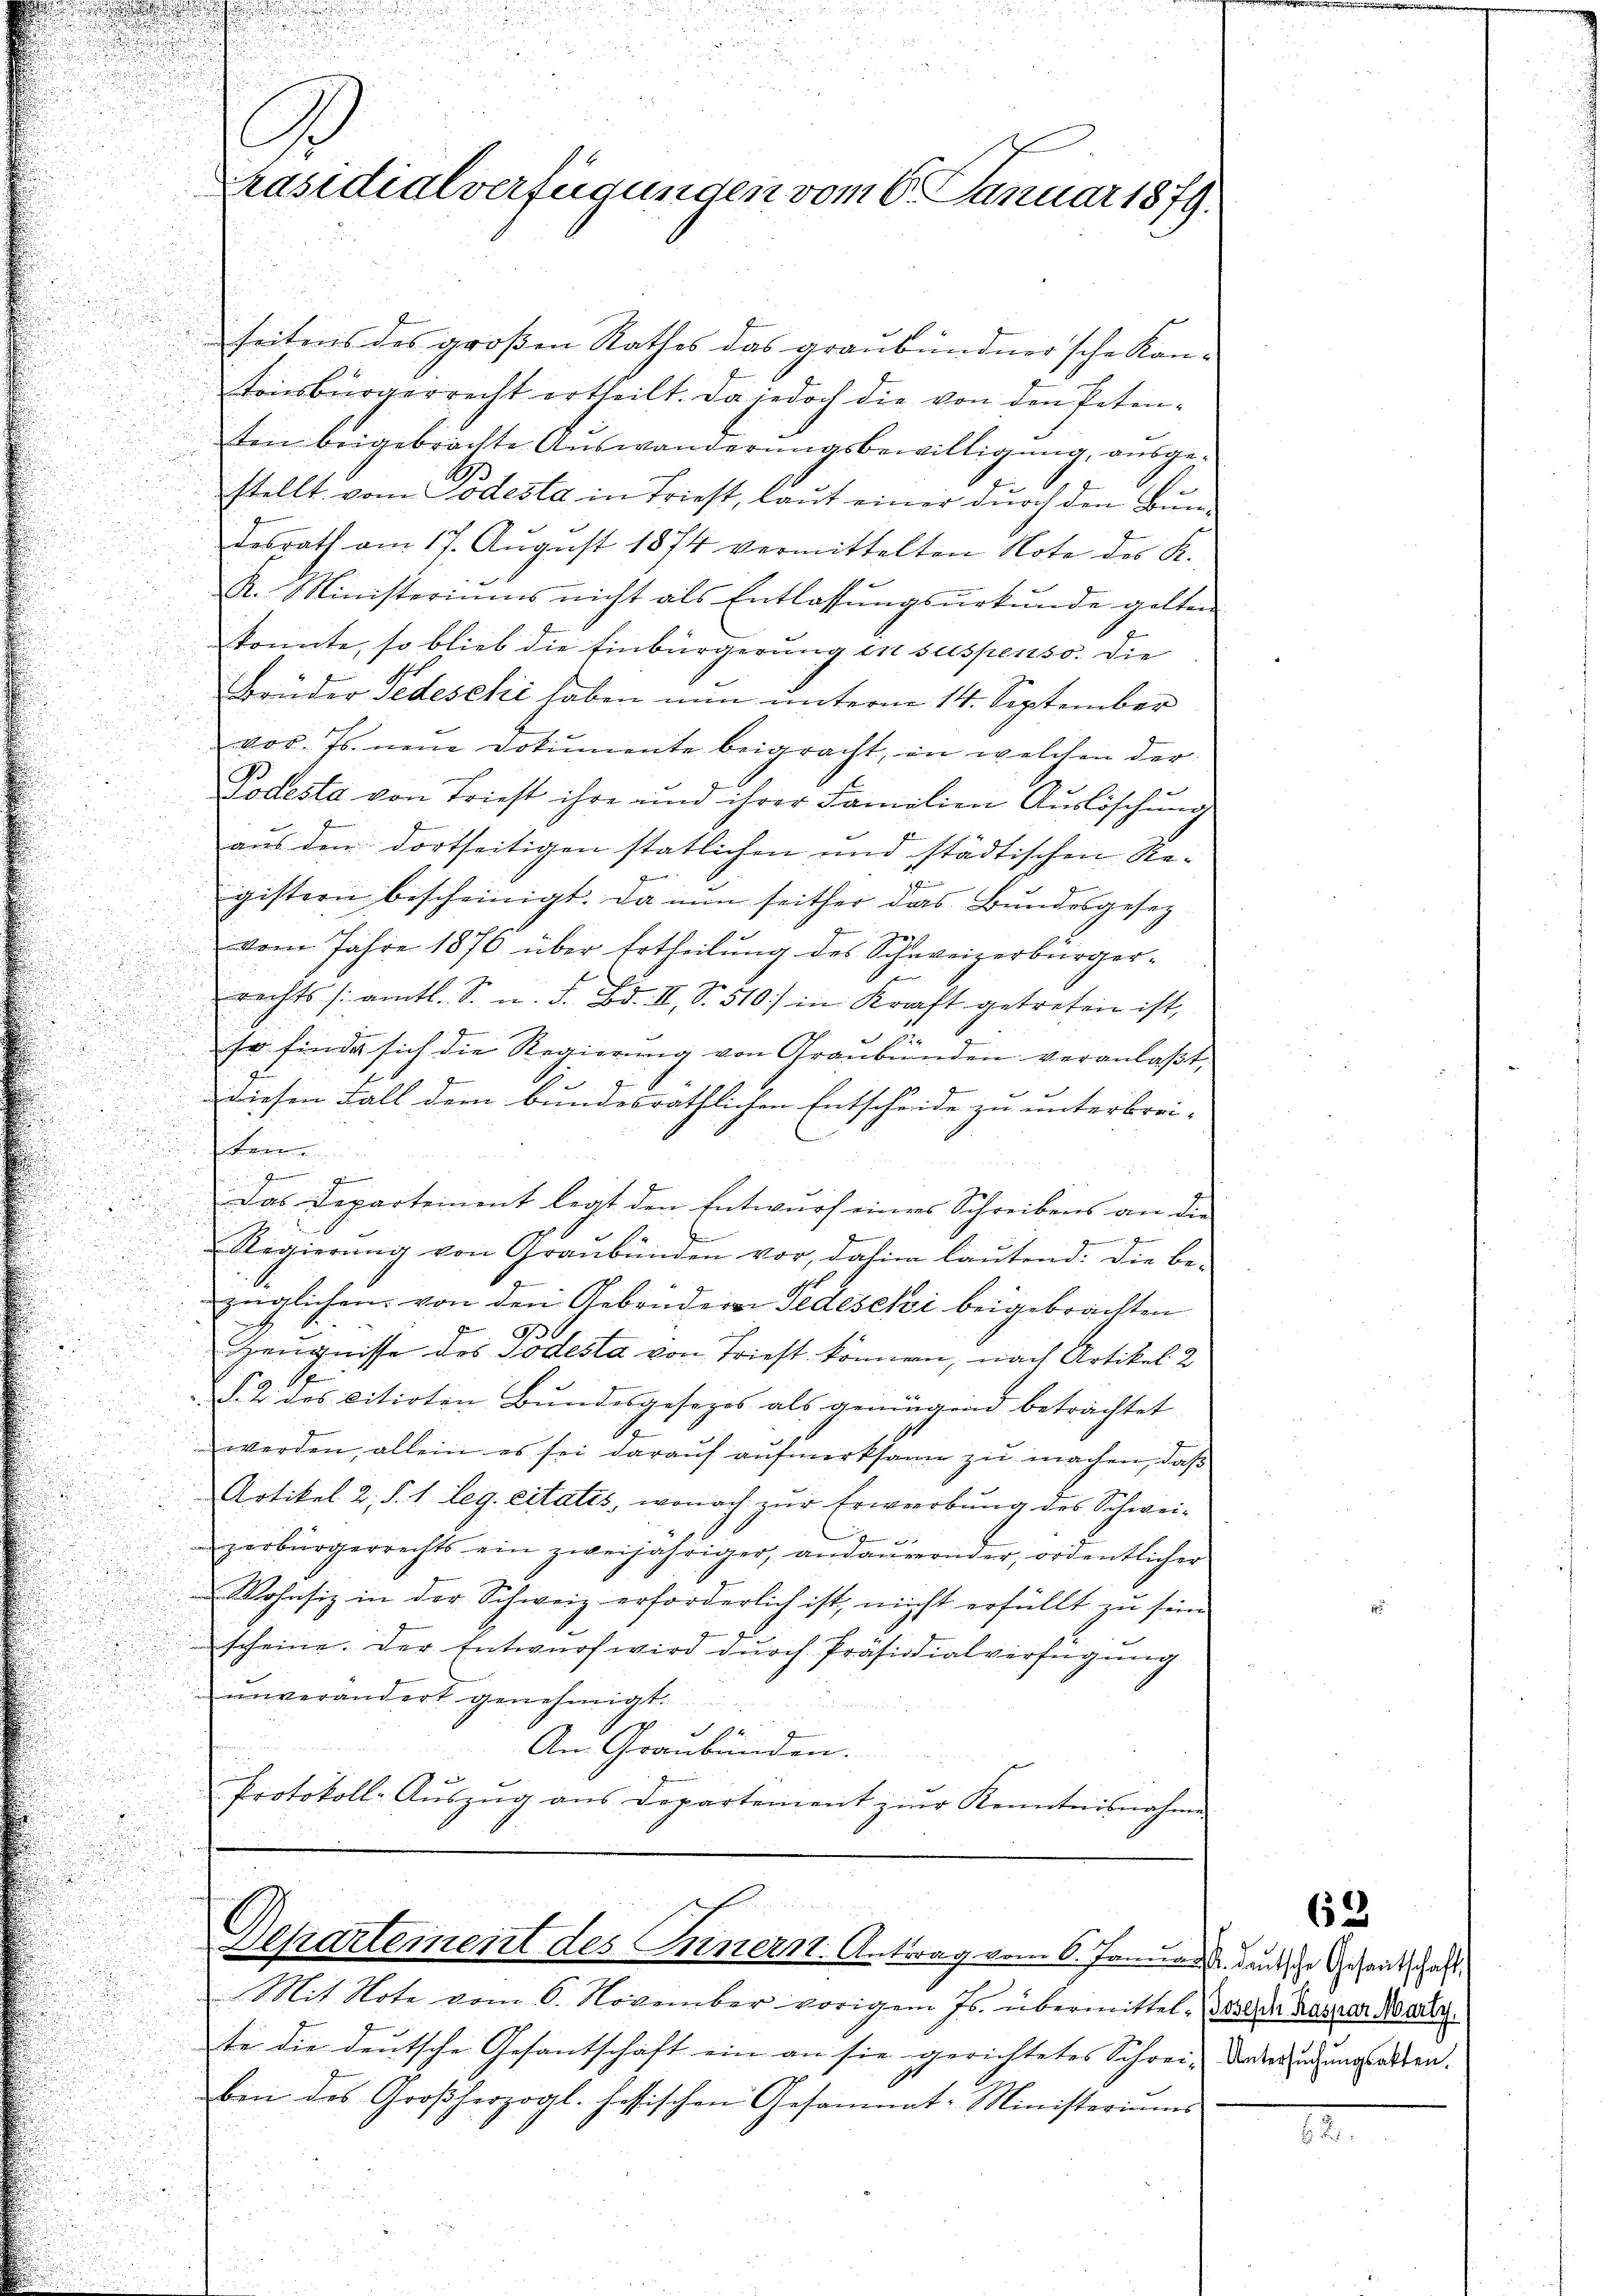
.

.
e
Präsidialverfügungen vom 6. Januar 1879.

seitens des großen Rathes das graubündner’sche Kontonsbürgerrecht ertheilt. Da jedoch die von den Petenten beigebrachte Auswanderungsbewilligung, ausge¬

u
d
1
stellt vom Todesta in Triest, laut einer durch den Bun¬
.
desrath am 17. Aŭgust 1874 vermittelten Note des K.
R. Ministeriums nicht als Entlassŭngsurkunde gelten
.
konnte, so blieb die Einbürgerung in suspenso. Die
Bruder Pedeschi haben nun unterm 14. September
vor. Js. neue Dokumente beigracht, in welchen der
Podesta von Triest ihre und ihrer Familien Auslöschung
aus dem dortseitigen statlichen und städtischen Re-
gistern bescheinigt. Da nun seither das Bundesgesetz
vom Jahre 1876 über Ertheilung des Schweizerbürger¬
.
d
rechts /: amtl. S. n. F. Bd. II, S. 510) in Kraft getreten ist,

2
so finde sich die Regierung von Graubünden veranlaßt,
u

.
diesen Fall dem bundesräthlichen Entscheide zu unterbrei-

Fer
u

Das Departement legt den Entwurf eines Schreibens an die
.
g
Regierŭng von Graubünden vor, dahin laŭtend: die be-
u
n

züglichen von den Gebrüdern Fedeschi beigebrachten
6
D
.
Zeugnisse des Todesta von Triest können, nach Artikel 2
.
§. 2. des citirten Bundesgesezes als genügend betrachtet
werden, allein es sei darauf aufmerksame zu machen, daß
Artikel 2. §. 1. Leg. citatis, wonach zur Erwerbung des Schwei¬
.

zerbürgerrechts ein zweijähriger, andauernder, ordentlicher
Wohnsiz in der Schweiz erforderlich ist, nicht erfüllt zu sein
scheine. Der Entwurf wird durch Präsidialverfügung
unverändert genehmigt.
S
An Graubünden.
2
Protokoll-Auszug aus Departement zur Kenntnisnahme

Departement des Innern. Antrag vom 6. Januar deutsche Gesandtschaft

Mit Note vom 6. November vorigem Js. übermittel des der Kassar Marie.
te die deutsche Gesantschaft ein an sie gerichtetes Schrei- Vorderendungsalten.
Bei des Großherzogl. hössischen Gesammt-Ministeriums

3.

653